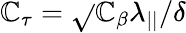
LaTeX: \mathbb{C}_{\tau}=\sqrt{}{{\mathbb{C}_{\beta}}}{\lambda_{||}}/{\delta}